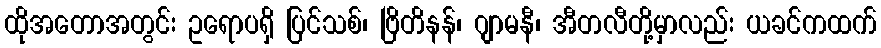
ထိုအတောအတွင်း ဥရောပရှိ ပြင်သစ်၊ ဗြိတိနန်၊ ဂျာမနီ၊ အီတလီတို့မှာလည်း ယခင်ကထက်